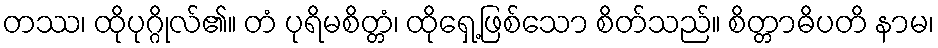
တဿ၊ ထိုပုဂ္ဂိုလ်၏။ တံ ပုရိမစိတ္တံ၊ ထိုရှေ့ဖြစ်သော စိတ်သည်။ စိတ္တာဓိပတိ နာမ၊